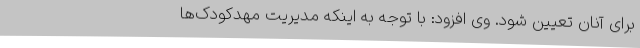
برای آنان تعیین شود. وی افزود: با توجه به اینکه مدیریت مهدکودک‌ها